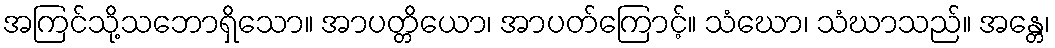
အကြင်သို့သဘောရှိသော။ အာပတ္တိယော၊ အာပတ်ကြောင့်။ သံဃော၊ သံဃာသည်။ အန္တေ၊